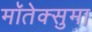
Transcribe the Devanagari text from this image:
मॉतेक्सुमा